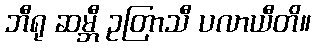
ဘီရု ဆမ္ဘီ ဥတြာသီ ပလာယီတိ။